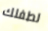
لطفلك